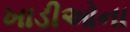
ખાડીઓના